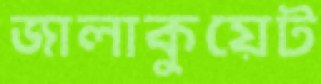
জালাকুয়েট